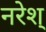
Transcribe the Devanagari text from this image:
नरेश्